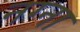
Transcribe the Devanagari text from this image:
नग्ना